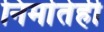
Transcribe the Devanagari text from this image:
निर्मातेही